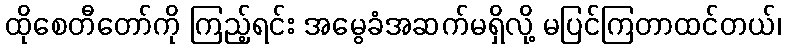
ထိုစေတီတော်ကို ကြည့်ရင်း အမွေခံအဆက်မရှိလို့ မပြင်ကြတာထင်တယ်၊